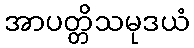
အာပတ္တိသမုဒယံ